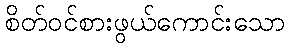
စိတ်ဝင်စားဖွယ်ကောင်းသော